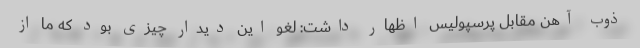
ذوب آهن مقابل پرسپولیس اظهار داشت: لغو این دیدار چیزی بود که ما از